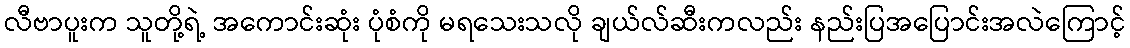
လီဗာပူးက သူတို့ရဲ့ အကောင်းဆုံး ပုံစံကို မရသေးသလို ချယ်လ်ဆီးကလည်း နည်းပြအပြောင်းအလဲကြောင့်